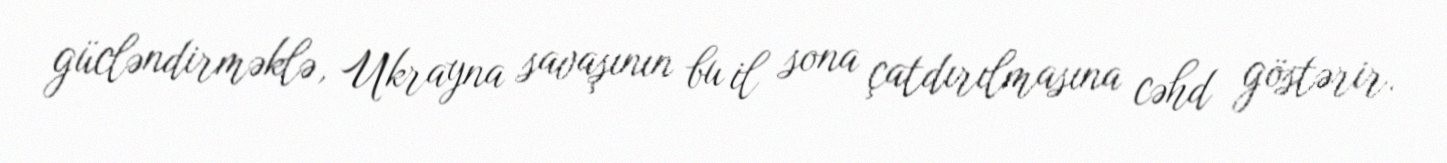
gücləndirməklə, Ukrayna savaşının bu il sona çatdırılmasına cəhd göstərir.